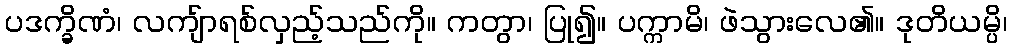
ပဒက္ခိဏံ၊ လကျ်ာရစ်လှည့်သည်ကို။ ကတွာ၊ ပြု၍။ ပက္ကာမိ၊ ဖဲသွားလေ၏။ ဒုတိယမ္ပိ၊